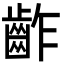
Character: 齚